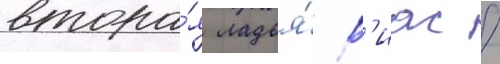
втора́я ладья́ р'иас /